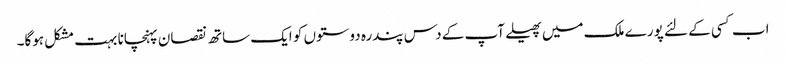
اب کسی کے لئے پورے ملک میں پھیلے آپ کے دس پندرہ دوستوں کو ایک ساتھ نقصان پہنچانا بہت مشکل ہوگا۔